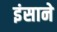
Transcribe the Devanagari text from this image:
इंसाने